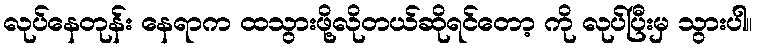
လုပ်နေတုန်း နေရာက ထသွားဖို့လိုတယ်ဆိုရင်တော့ ကို လုပ်ပြီးမှ သွားပါ။